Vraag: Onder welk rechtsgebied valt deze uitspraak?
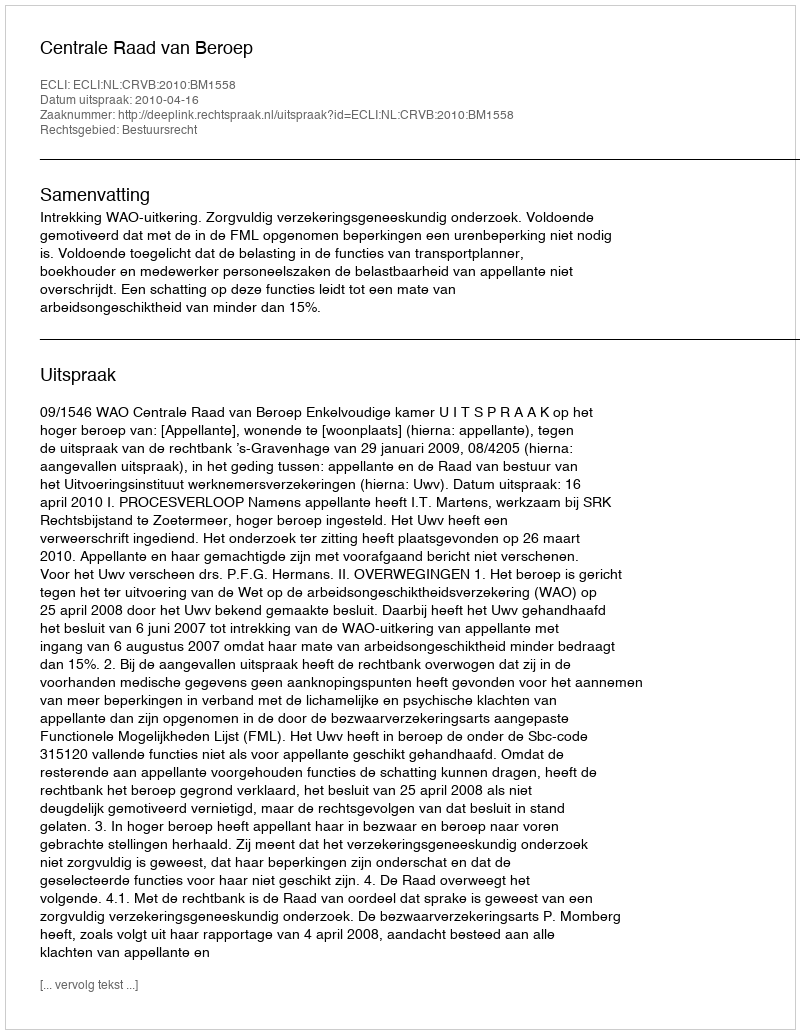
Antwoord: Bestuursrecht